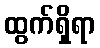
ထွက်ရှိရာ